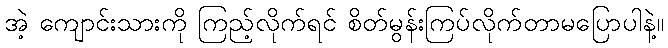
အဲ့ ကျောင်းသားကို ကြည့်လိုက်ရင် စိတ်မွန်းကြပ်လိုက်တာမပြောပါနဲ့။